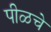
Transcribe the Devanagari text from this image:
पीळचे